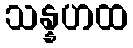
သန္နဟထ